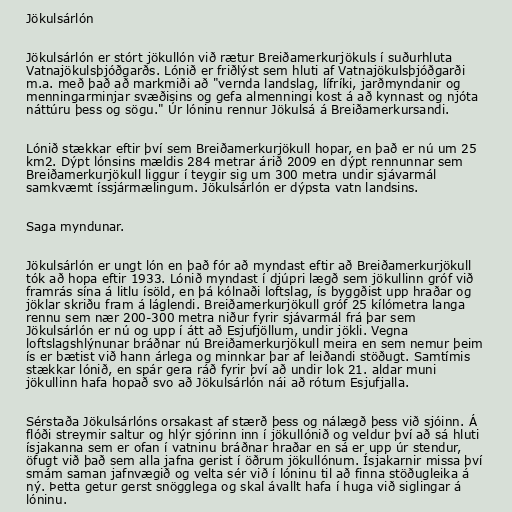
Jökulsárlón

Jökulsárlón er stórt jökullón við rætur Breiðamerkurjökuls í suðurhluta
Vatnajökulsþjóðgarðs. Lónið er friðlýst sem hluti af Vatnajökulsþjóðgarði
m.a. með það að markmiði að "vernda landslag, lífríki, jarðmyndanir og
menningarminjar svæðisins og gefa almenningi kost á að kynnast og njóta
náttúru þess og sögu." Úr lóninu rennur Jökulsá á Breiðamerkursandi.

Lónið stækkar eftir því sem Breiðamerkurjökull hopar, en það er nú um 25
km2. Dýpt lónsins mældis 284 metrar árið 2009 en dýpt rennunnar sem
Breiðamerkurjökull liggur í teygir sig um 300 metra undir sjávarmál
samkvæmt íssjármælingum. Jökulsárlón er dýpsta vatn landsins.

Saga myndunar.

Jökulsárlón er ungt lón en það fór að myndast eftir að Breiðamerkurjökull
tók að hopa eftir 1933. Lónið myndast í djúpri lægð sem jökullinn gróf við
framrás sína á litlu ísöld, en þá kólnaði loftslag, ís byggðist upp hraðar og
jöklar skriðu fram á láglendi. Breiðamerkurjökull gróf 25 kílómetra langa
rennu sem nær 200-300 metra niður fyrir sjávarmál frá þar sem
Jökulsárlón er nú og upp í átt að Esjufjöllum, undir jökli. Vegna
loftslagshlýnunar bráðnar nú Breiðamerkurjökull meira en sem nemur þeim
ís er bætist við hann árlega og minnkar þar af leiðandi stöðugt. Samtímis
stækkar lónið, en spár gera ráð fyrir því að undir lok 21. aldar muni
jökullinn hafa hopað svo að Jökulsárlón nái að rótum Esjufjalla.

Sérstaða Jökulsárlóns orsakast af stærð þess og nálægð þess við sjóinn. Á
flóði streymir saltur og hlýr sjórinn inn í jökullónið og veldur því að sá hluti
ísjakanna sem er ofan í vatninu bráðnar hraðar en sá er upp úr stendur,
öfugt við það sem alla jafna gerist í öðrum jökullónum. Ísjakarnir missa því
smám saman jafnvægið og velta sér við í lóninu til að finna stöðugleika á
ný. Þetta getur gerst snögglega og skal ávallt hafa í huga við siglingar á
lóninu.